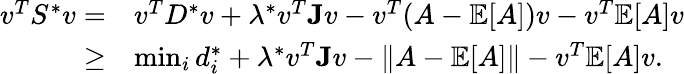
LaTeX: \begin{array}{rl}{v^{T}S^{*}v=}&{v^{T}D^{*}v+\lambda^{*}v^{T}\mathbf{J}v-v^{T}(A-\mathbb{E}[A])v-v^{T}\mathbb{E}[A]v}\\ {\geq}&{\operatorname*{min}_{i}d_{i}^{*}+\lambda^{*}v^{T}\mathbf{J}v-\| A-\mathbb{E}[A]\| -v^{T}\mathbb{E}[A]v.}\end{array}